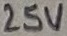
Text: 25V